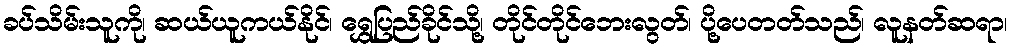
ခပ်သိမ်းသူကို၊ ဆယ်ယူကယ်နိုင်၊ ရွှေပြည်ခိုင်သို့၊ တိုင်တိုင်ဘေးလွတ်၊ ပို့ပေတတ်သည်၊ လူနတ်ဆရာ၊